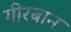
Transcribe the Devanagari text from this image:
गीरबान